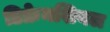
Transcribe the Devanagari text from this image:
डिफ्रेनशियल